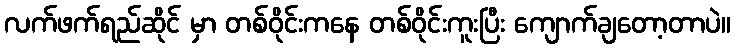
လက်ဖက်ရည်ဆိုင် မှာ တစ်ဝိုင်းကနေ တစ်ဝိုင်းကူးပြီး ကျောက်ချတော့တာပဲ။